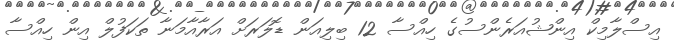
އިސްލާމިކް އިންޝުއަރެންސުގެ ހިއްސާ 12 ބިލިއަން ޑޮލަރަށް އަރާއާމަނާ ތަކަފުލް އިން ހިއްސާ